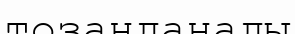
тозаңданады